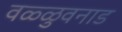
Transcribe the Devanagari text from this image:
वळ्ळुवनाड